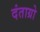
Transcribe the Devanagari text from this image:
दंताग्रो